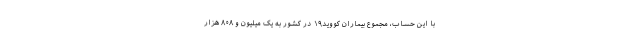
با این حساب، مجموع بیماران کووید۱۹ در کشور به یک میلیون و ۸۰۸ هزار